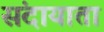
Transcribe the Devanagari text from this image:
संदायाता